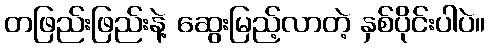
တဖြည်းဖြည်းနဲ့ ဆွေးမြည့်လာတဲ့ နှစ်ပိုင်းပါပဲ။